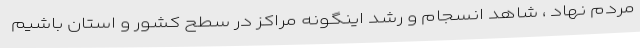
مردم نهاد ، شاهد انسجام و رشد اینگونه مراکز در سطح کشور و استان باشیم